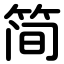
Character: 简